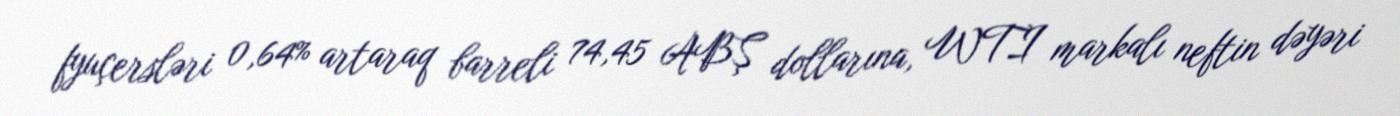
fyuçersləri 0,64% artaraq barreli 74,45 ABŞ dollarına, WTI markalı neftin dəyəri